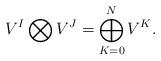
LaTeX: \begin{align*} V^I \bigotimes V^J = \bigoplus_{K=0}^{N}V^K.\end{align*}